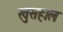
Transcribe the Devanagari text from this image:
खुसहाल